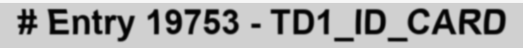
# Entry 19753 - TD1_ID_CARD